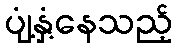
ပျံ့နှံ့နေသည့်